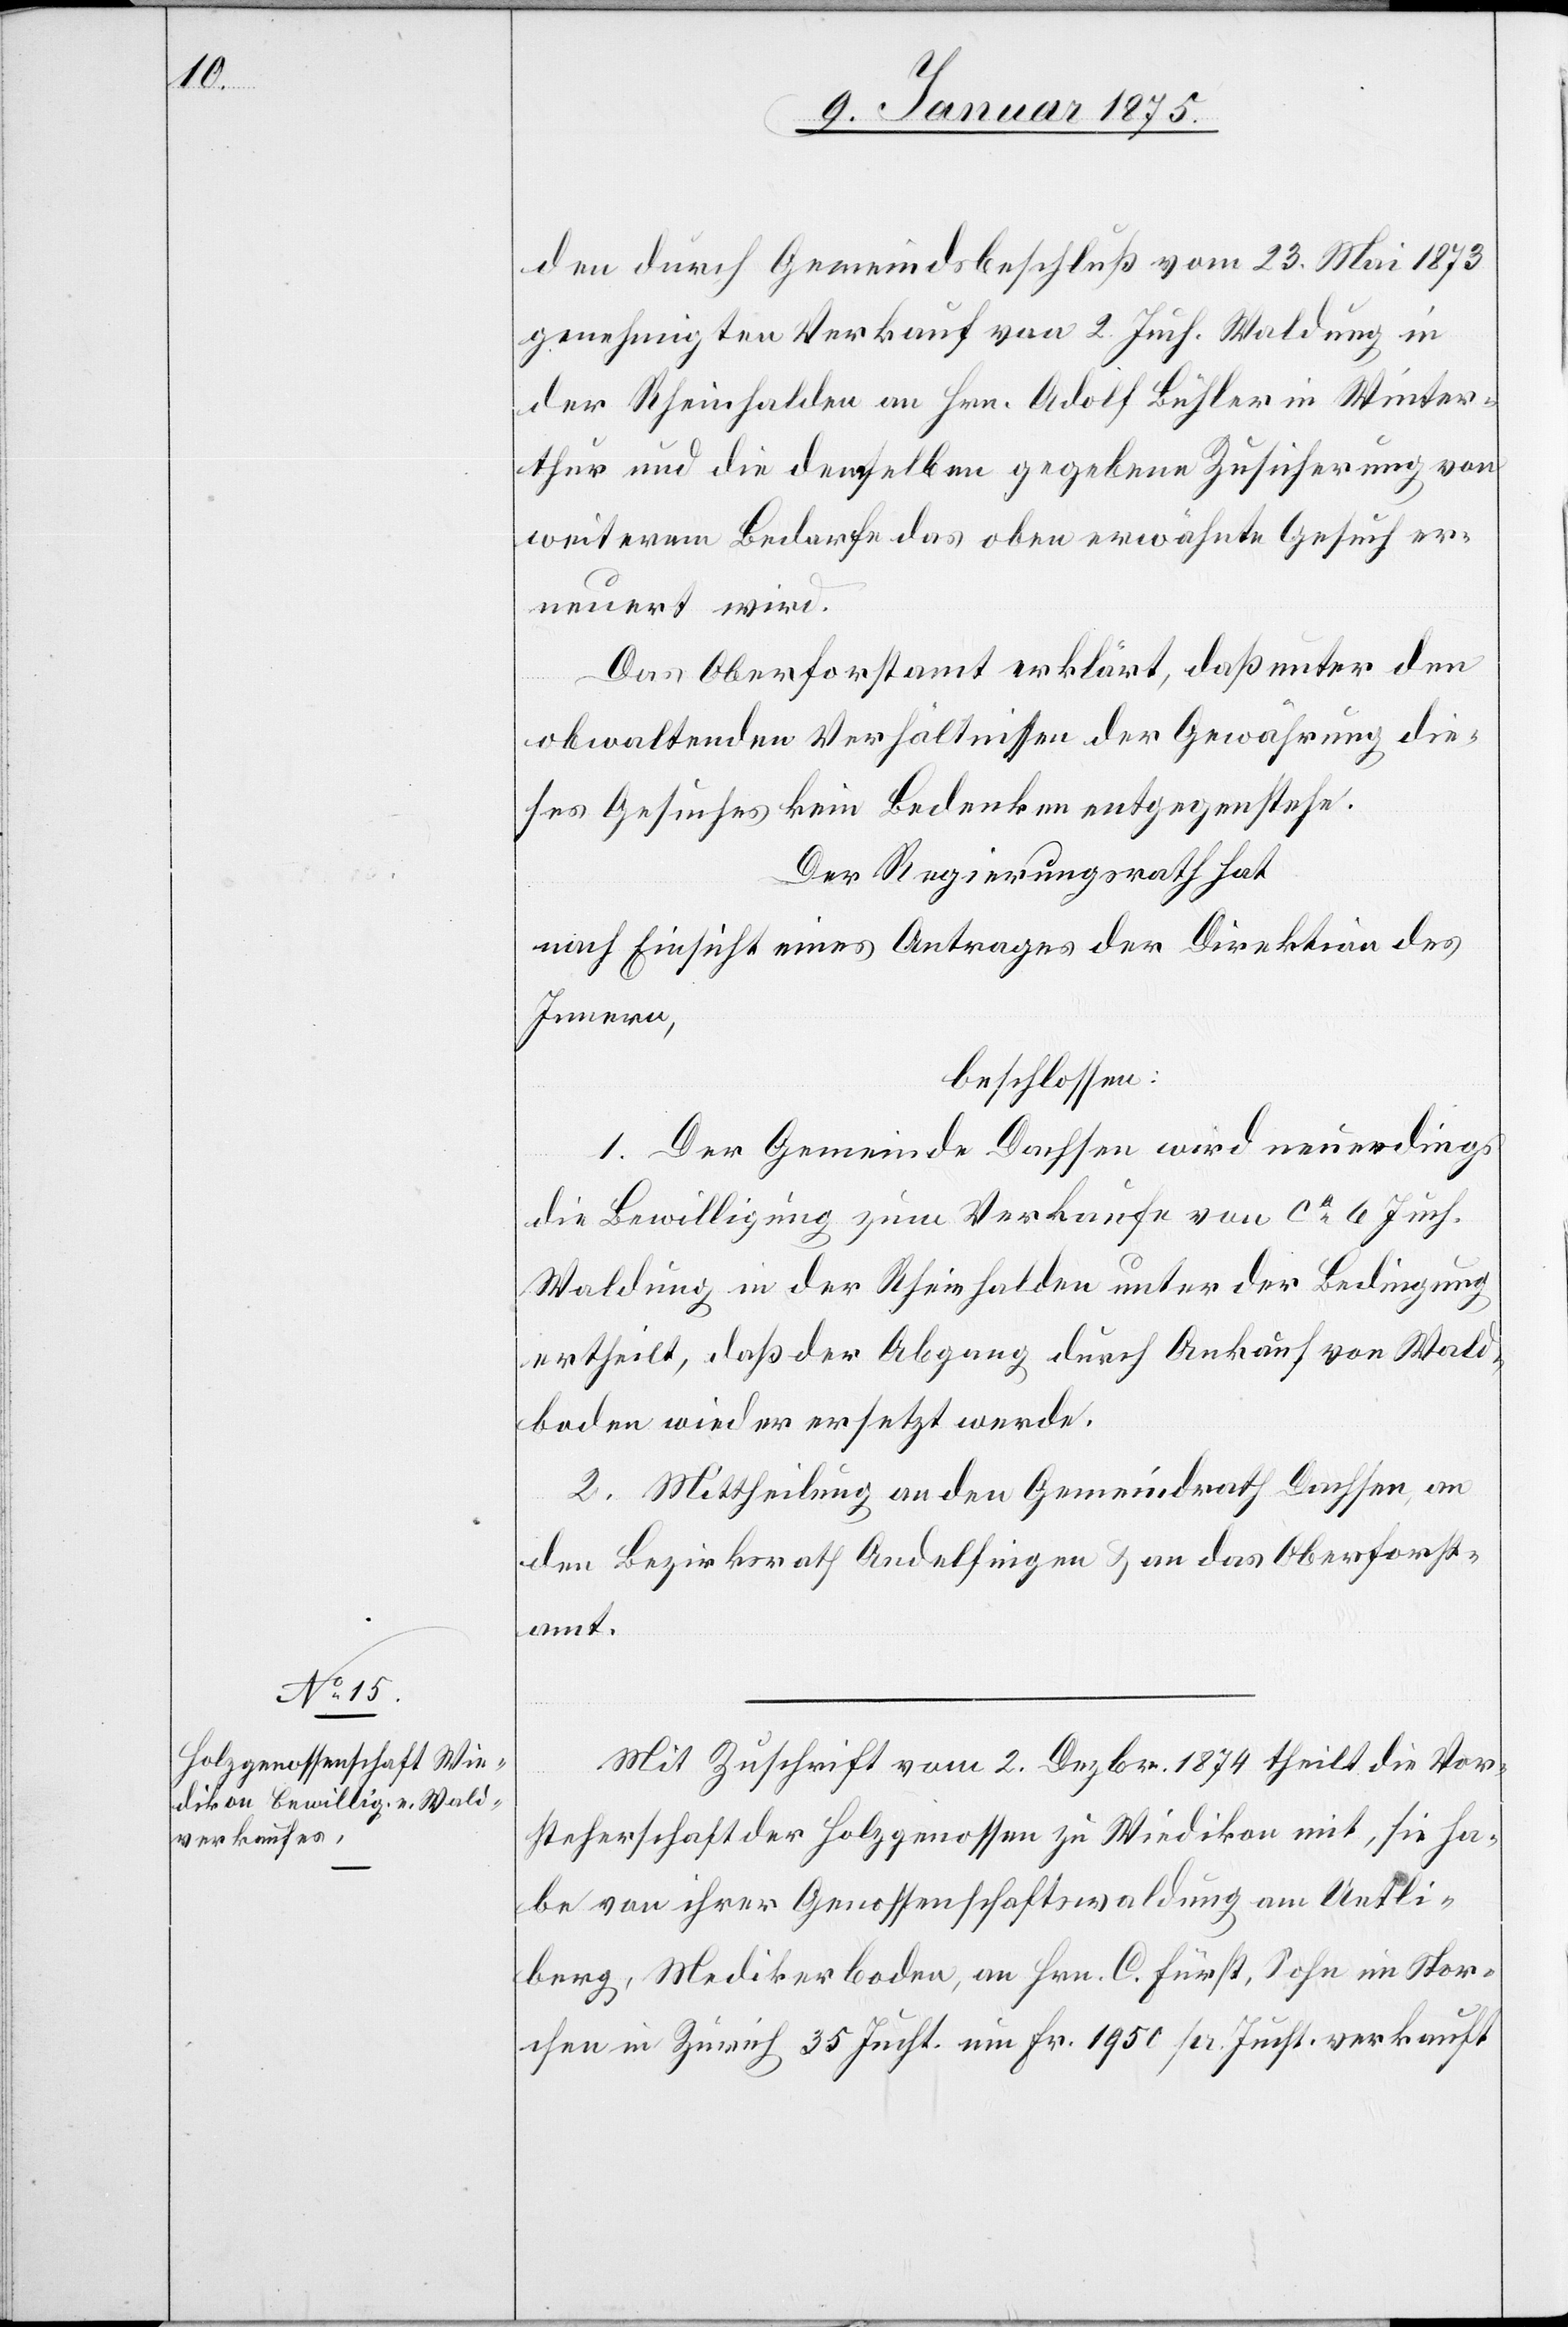
den durch Gemeindsbeschluß vom 23. Mai 1873
genehmigten Verkauf von 2. Juch. Waldung in
der Rheinhalden an Hrn. Adolf Bühler in Winter¬
thur und die demselben gegebene Zusicherung von
weiterem Bedarfe das oben erwähnte Gesuch er¬
neuert wird.
Das Oberforstamt erklärt, daß unter den
obwaltenden Verhältnissen der Gewährung die¬
ses Gesuches kein Bedenken entgegenstehe.
Der Regierungsrath hat
nach Einsicht eines Antrages der Direktion des
Innern,
beschlossen:
1. Der Gemeinde Dachsen wird neuerdings
die Bewilligung zum Verkaufe von ca 6 Juch.
Waldung in der Rheinhalden unter der Bedingung
ertheilt, daß der Abgang durch Ankauf von Wald¬
boden wieder ersetzt werde.
2. Mittheilung an den Gemeindrath Dachsen, an
den Bezirksrath Andelfingen & an das Oberforst¬
amt.
Mit Zuschrift vom 2. Dezbr. 1874 theilt die Vor¬
steherschaft der Holzgenossen zu Wiedikon mit, sie ha¬
be von ihrer Genossenschaftswaldung am Uetli¬
berg, Medikerboden, an Hrn. C. Fürst, Sohn im Stor¬
chen in Zürich 35 Jucht. um Fr. 1950 pr. Jucht. verkauft